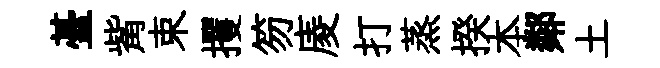
䑓觜束攫笏庱打蒸揆本鄰土